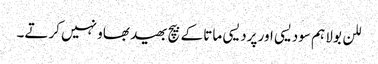
للن بولا ہم سودیسی اور پردیسی ماتا کے بیچ بھید بھاو نہیں کرتے۔